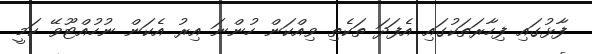
ފާޅުގައި ފިހާރަތަކުގައި އެފަދަ ތަކެތި ވިއްކަން ހުންނަ އިރު އެކަން ނުހުއްޓޫވޭ ކަމީ